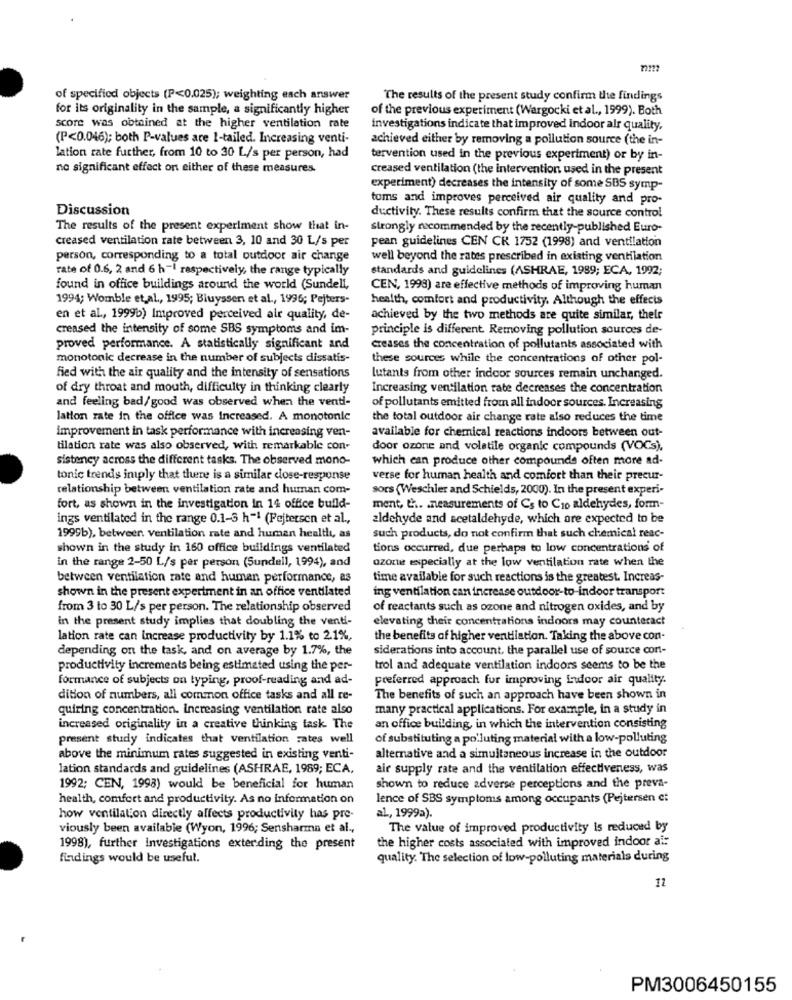
of specificd objects (P<0.025); weighting each answer
The results of the present study confirm the findings
for its originality in the sample, a significantly higher
of the previous experiment (Wargocki et al ., 1999). Both
score was obtained at the higher ventilation rate
Investigations indicate that improved indoor air quality,
(P<0.046); both P-values are 1-tailed. Increasing venti-
achieved either by removing a pollution source (the in-
lation rate further, from 10 to 30 L/s per person, had
tervention used in the previous experiment) or by in-
no significant effect on either of these measures.
creased ventilation (the intervention used in the present
experiment) decreases the intensity of some SBS symp-
toms and improves perceived air quality and pro-
Discussion
ductivity. These results confirm that the source control
The results of the present experiment show that in-
strongly recommended by the recently-published Euro-
creased ventilation rate between 3, 10 and 30 L/s per
pean guidelines CEN CK 1752 (1998) and ventilation
person, corresponding to a total outdoor air change
well beyond the rates prescribed in existing ventilation
rate of 0.6, 2 and 6 h -! respectively, the range typically
standards and guidelines (ASHRAE, 1989; ECA, 1992;
found in office buildings around the world (Sundell,
CEN, 1998) are effective methods of improving human
1994; Womble et al ., 1995; Bluyssen et al ., 1996; Pejters-
health, comfort and productivity. Although the effects
en et al ., 1999b) Improved perceived air quality, de-
achieved by the two methods are quite similar, their
creased the intensity of some SBS symptoms and im-
principle is different. Removing pollution sources de-
proved performance. A statistically significant and
creases the concentration of pollutants associated with
monotonic decrease in the number of subjects dissatis-
these sources while the concentrations of other pol-
fied with the air quality and the intensity of sensations
lutants from other indoor sources remain unchanged.
of dry throat and mouth, difficulty in thinking clearly
Increasing ventilation rate decreases the concentration
and feeling bad/good was observed when the venti-
of pollutants emitted from all indoor sources. Increasing
lation rate in the office was Increased. A monotonic
the total outdoor air change rate also reduces the time
improvement in task performance with increasing ven-
available for chemical reactions indoors between out-
tilation rate was also observed, with remarkable con-
door ozone and volatile organic compounds (VOCs),
sistency across the different tasks. The observed mono-
which can produce other compounds often more ad-
tonic trends imply that there is a similar close-response
verse for human health and comfort than their precur-
relationship between ventilation rate and human com-
sors (Weschler and Schields, 2000). In the present experi-
fort, as shown in the investigation in 14 office build-
ment, th .. . measurements of Cs to Cio aldehydes, form-
ings ventilated in the range 0.1-3 h-1 (Pejtersen et al .,
aldehyde and acetaldehyde, which are expected to be
1999b), between. ventilation rate and human health, as
such products, do not confirm that such chemical reac-
shown in the study in 160 office buildings ventilated
tions occurred, due perhaps to low concentrations of
in the range 2-50 L/s per person (Sundell, 1994), and
ozottet especially at the low ventilation rate when the
between ventilation rate and human performance, as
time available for such reactions is the greatest. Increas-
shown in the present experiment in an office ventilated
ing ventilation can increase outdoor-to-indoor transport
from 3 to 30 L/s per person. The relationship observed
of reactants such as ozone and nitrogen oxides, and by
in the present study implies that doubling the venti-
elevating their concentrations indoors may counteract
lation rate can increase productivity by 1.1% to 21%,
the benefits of higher ventilation. Taking the above con-
depending on the task, and on average by 1.7%, the
siderations into account, the parallel use of source con-
productivity increments being estimated using the per-
trol and adequate ventilation indoors seems to be the
formance of subjects on typing, proof-reading and ad-
preferred approach for improving indoor air quality.
dition of numbers, all common office tasks and all re-
The benefits of such an approach have been shown in
quiring concentration. increasing ventilation rate also
many practical applications. For example, in a study in
increased originality in a creative thinking task The
an office building, in which the intervention consisting
present study indicates that ventilation rates well
of substituting a polluting material with a low-polluting
above the minimum rates suggested in existing venti-
alternative and a simultaneous increase in the outdoor
lation standards and guidelines (ASHRAE, 1989; ECA,
air supply rate and the ventilation effectiveness, was
1992; CEN, 1998) would be beneficial for human
shown to reduce adverse perceptions and the preva-
health, comfort and productivity. As no information on
lence of SBS symptoms among occupants (Pejtersen c:
how ventilation directly affects productivity has pre-
al, 1999a).
viously been available (Wyon, 1996; Sensharma et al .,
The value of improved productivity is reduced by
the higher costs associated with improved indoor ai:
1998), further Investigations exterding the present
findings would be useful.
quality. The selection of low-polluting materials during
12
PM3006450155